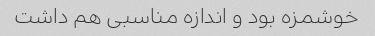
خوشمزه بود و اندازه مناسبی هم داشت